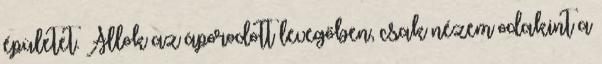
épületet. Állok az áporodott levegőben, csak nézem odakint a